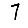
Digit: 7